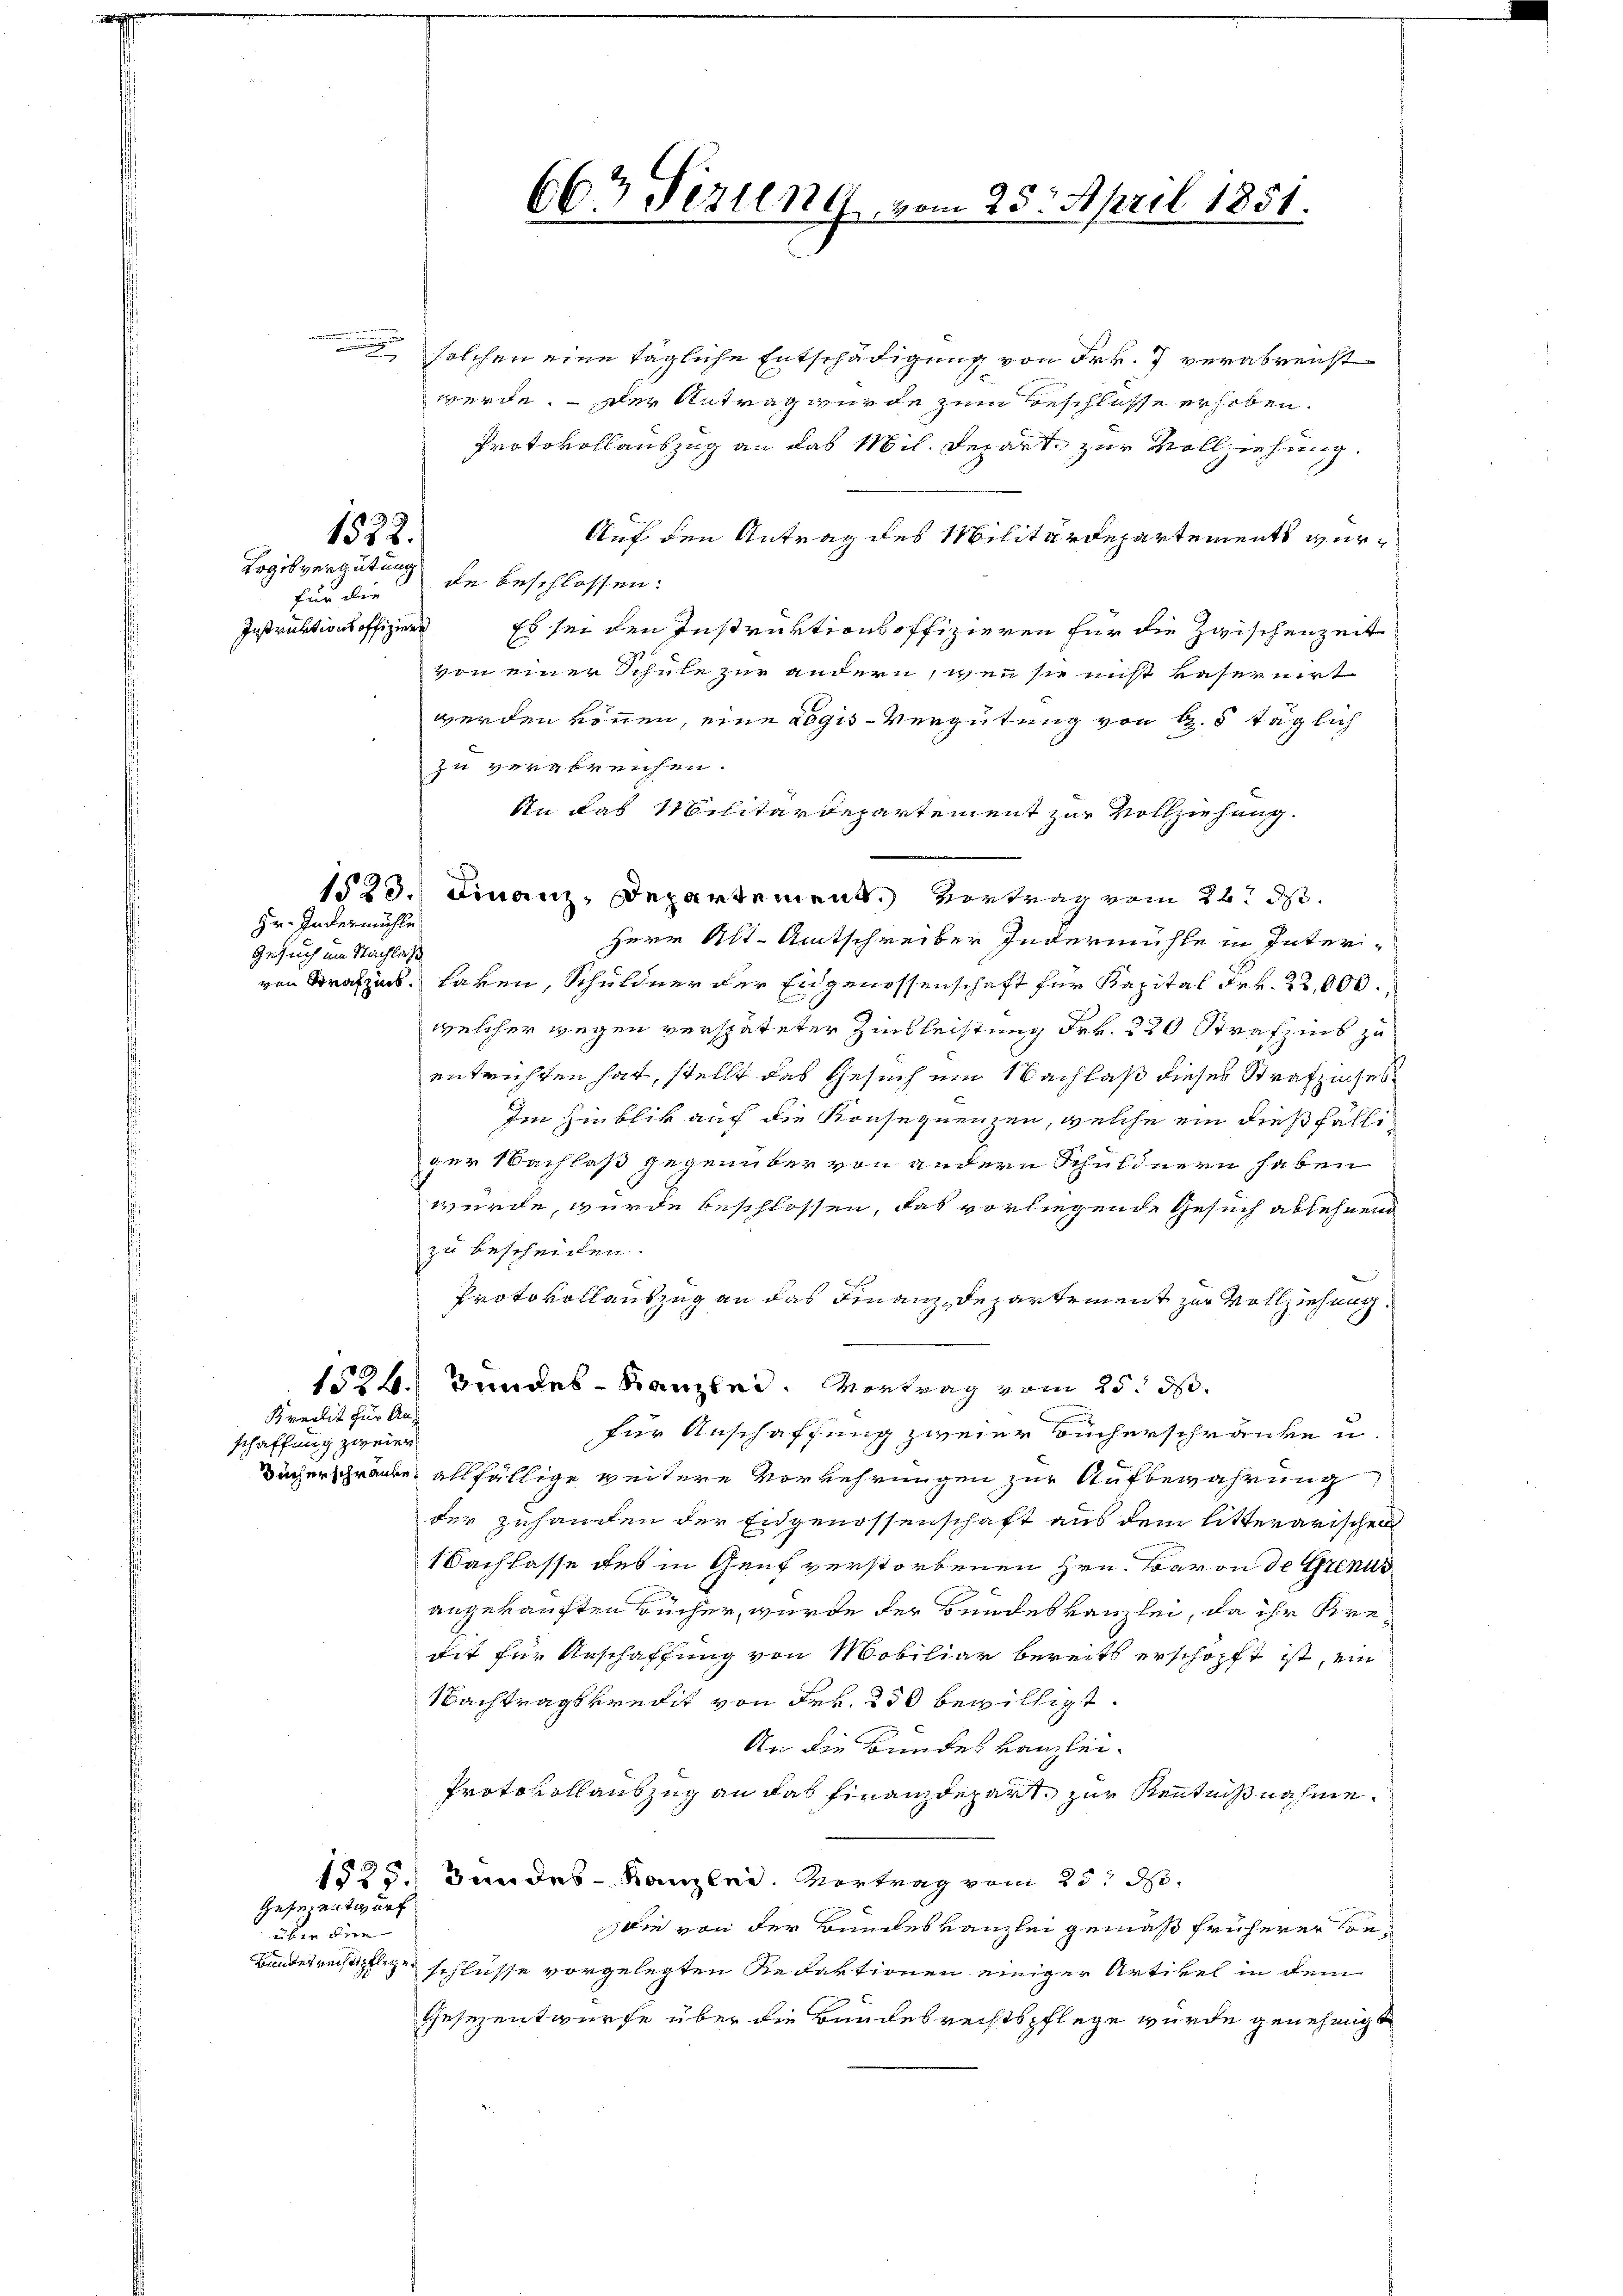
für die
Instruktions offiziere

Hr. Jedermühle.
Gesuch um Nachlass

schaffung zweier

1572.
Logikvergütung

Bundesrechtspflege

solchen eine tägliche Entschädigung von Frk. 7 verabreicht
werde. Der Antrag wurde zum Beschlosse erhoben.
Protokollauszug an das Mil. Depart zur Vollziehung.
f
Auf den Antrag des Militärdepartements wurde beschlossen:
Es sei den Instruktionsoffizieren für die Zwischenzeit
von einer Schule zur andern, wenn sie nicht kasernirt
werden können, eine Logis-Vergütung von d. 8 täglich
zu verabreichen.
An das Militärdepartement zur Vollziehung.
1523. Finanz, Departement. Vortrag vom 22. d.
Herr Alt-Amtschreiber indermühle in Inter-
von Strafzuck, Laven, Schuldner der Eidgenossenschaft für Kapital Frk. 22,000.,
welcher wegen verspäteter Zinsleistung Frk. 220 Strafz ins zu
entrichten hat, stellt das Gesuch ein Nachlaß dieses Strafziehes
Im Hinblik auf die Konsequenzen, welche ein dießfälliger Nachlaß gegenüber von andern Schuldnern haben
würde, wurde beschlossen, das vorliegende Gesuch ablehnend
zu bescheiden.
Protokollantzug an das Finanz, de partement zur Vollziehung
1524. Bundes-Kanzlei. Vortrag vom 25. d.
Kreisit für Anfür Anschaffung zweier Bücherschränke u
dücherschränke allfällige weitere Vorkehrungen zur Aufbewahrung
der zuhanden der Eidgenossenschaft aus dem litterarischen
1 Sachlasse des in Genf verstorbenen Hrn. Baron de Genus
angekauften Bücher, wurde der Bundeskanzlei, da ihr Kremit für Anschaffung von Mobiliar bereits erschöpft ist, ein
Nachtragskredit von Frk. 250 bewilligt.
An die Bundes Kanzlei-
Protokollauszug an das Finanzdepart zur Kenntnißnahme.
Bundes Kanzlei. Vortrag vom 25t d.
1525.
Geferentwurf
Wie von der Bundeskanzlei gemäß früherer Conüber die
schlüsse vorgelegten Redaktionen einiger Artikel in dem
Gesezentwurfe über die Bundesrechtspflege wurde genehmigt

66 Fezung vom 25. April 1851.